system: You are a helpful assistant.
user:
Analyze the provided spectrum to determine if it is a **"Cataclysmic Variables (CV)"**.

- **Key Indicators for CV (Check for either state):**
    - **State 1: Quiescent / Low-State (Emission-Dominated)**
        - **(Primary):** Strong and *very broad* Hydrogen Balmer emission lines (e.g., $H\alpha$ at 6563 Å, $H\beta$ at 4861 Å). The 'broadness' (high velocity dispersion, often FWHM > 1000 km/s) is the key diagnostic, indicating a high-velocity accretion disk.
        - **(Secondary):** Broad neutral Helium (He I) emission lines (e.g., 5876 Å, 6678 Å).
        - **(Key Confirmation):** Presence of high-excitation *ionized* Helium (He II) emission at 4686 Å. This is a strong indicator of accretion onto a white dwarf.
        - **(Line Profile):** Emission lines may exhibit a 'double-peaked' profile, which is a classic signature of a rotating accretion disk viewed at high inclination.

    - **State 2: Outburst / High-State (Absorption-Dominated)**
        - **(Primary):** Spectrum is dominated by a bright, blue continuum (looks like a hot star).
        - **(Secondary):** The emission lines from State 1 are weak, absent, or 'filled in', and are replaced by broad, shallow *absorption* lines (primarily Balmer and He I).
        - **(Morphology):** The overall spectrum mimics a hot B/A-type star. The crucial difference is that the absorption lines are significantly broader, shallower, and more 'washed-out' (or 'smeared') than the sharp lines of a normal stellar photosphere, due to high rotational speeds and pressure broadening in the disk.

Think first, call **spectral_visualization_tool** if needed to examine features in detail, then provide your final answer. Your response must adhere to the following strict rules:
1.  **Overall Structure:** Your response must follow the format `<think>...</think> <tool_call>...</tool_call> (if a tool is used) <answer>...</answer>`.
2.  **Tool Usage Constraint:** You may only make **one** tool call per turn.
3.  **Final Answer Format:** In the `<answer>` tag, your conclusion must be inside a `\boxed{}` command (e.g., `\boxed{YES}`), followed by your justification.

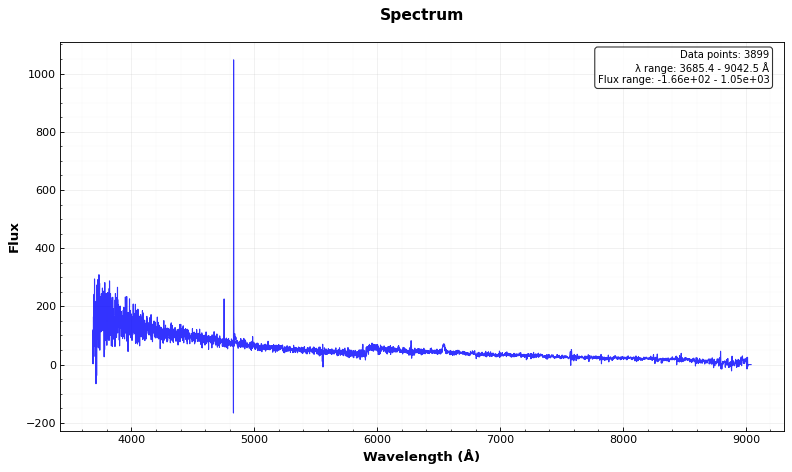
Answer: YES